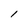
Character: l